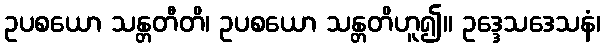
ဥပစယော သန္တတီတိ၊ ဥပစယော သန္တတိဟူ၍။ ဥဒ္ဒေသဒေသနံ၊